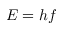
E = h f